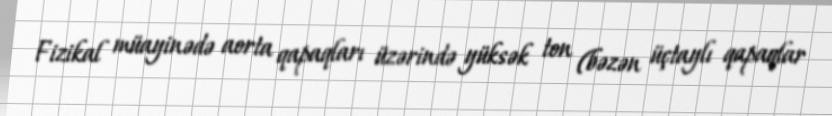
Fizikal müayinədə aorta qapaqları üzərində yüksək ton (bəzən üçtaylı qapaqlar